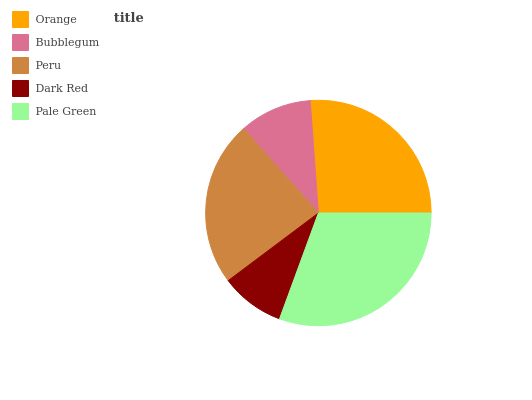
| Orange | Bubblegum | Peru | Dark Red | Pale Green |
 | --- | --- | --- | --- | --- |
 | 26.1% | 10.4% | 23.7% | 9.17% | 30.6% |